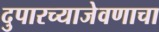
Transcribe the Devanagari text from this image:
दुपारच्याजेवणाचा